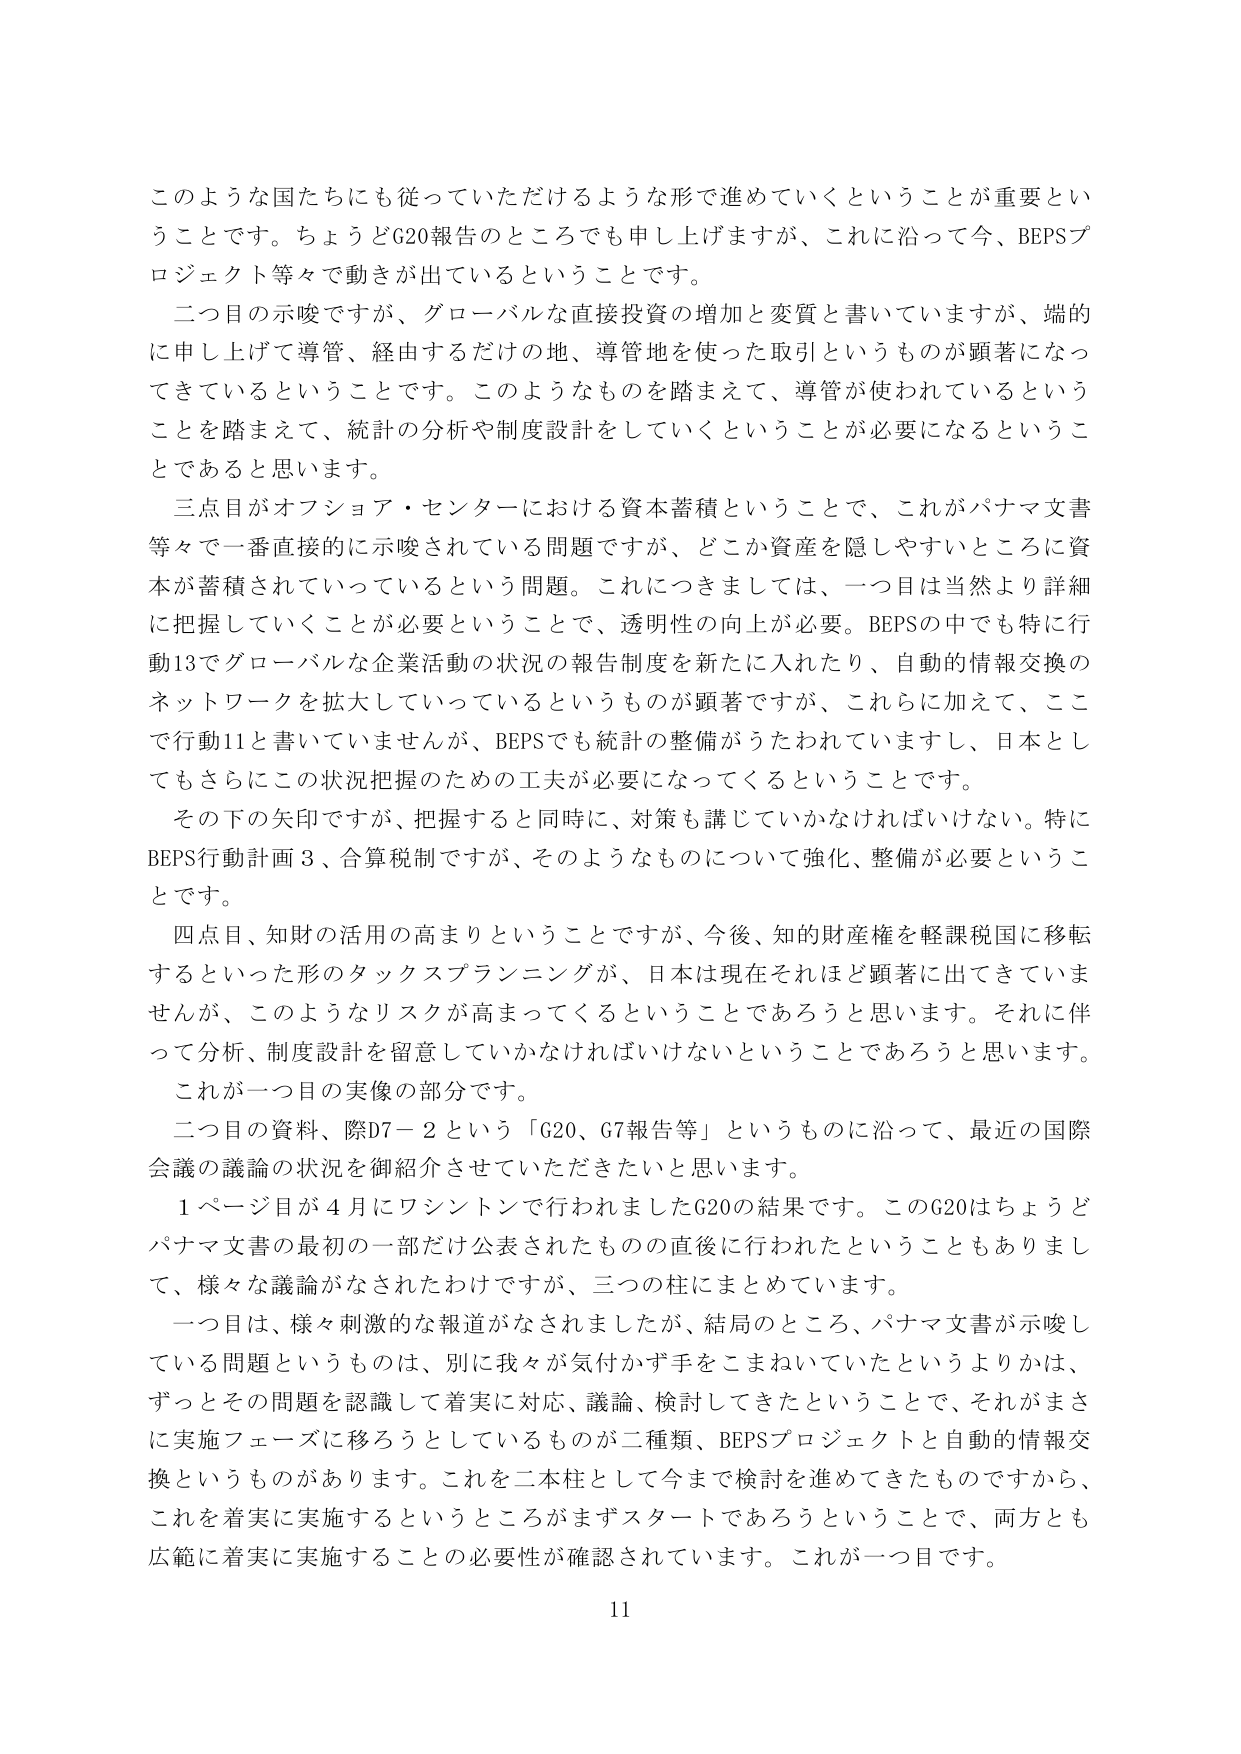
このような国たちにも従っていただけるような形で進めていくということが重要ということです。ちょうどG20報告のところでも申し上げますが、これに沿って今、BEPSプロジェクト等々で動きが出ているということです。

二つ目の示唆ですが、グローバルな直接投資の増加と変質と書いていますが、端的に申し上げて導管、経由するだけの地、導管地を使った取引というものが顕著になってきているということです。このようなものを踏まえて、導管が使われているということを踏まえて、統計の分析や制度設計をしていくということが必要になるということであると思います。

三点目がオフショア・センターにおける資本蓄積ということで、これがパナマ文書等々で一番直接的に示唆されている問題ですが、どこか資産を隠しやすいところに資本が蓄積されていっているという問題。これにつきましては、一つ目は当然より詳細に把握していくことが必要ということで、透明性の向上が必要。BEPSの中でも特に行動13でグローバルな企業活動の状況の報告制度を新たに入れたり、自動的情報交換のネットワークを拡大していっているというものが顕著ですが、これらに加えて、ここで行動11と書いていませんが、BEPSでも統計の整備がうたわれていますし、日本としてもさらにこの状況把握のための工夫が必要になってくるということです。

その下の矢印ですが、把握すると同時に、対策も講じていかなければならない。特にBEPS行動計画3、合算税制ですが、そのようなものについて強化、整備が必要ということです。

四点目、知財の活用の高まりということですが、今後、知的財産権を軽課税国に移転するといった形のタックスプランニングが、日本は現在それほど顕著に出てきていませんが、このようなリスクが高まってくるということであろうと思います。それに伴って分析、制度設計を留意していかなければならないということであろうと思います。

これが一つ目の実像の部分です。

二つ目の資料、際D7－2という「G20、G7報告等」というものに沿って、最近の国際会議の議論の状況を御紹介させていただきたいと思います。

1ページ目が4月にワシントンで行われましたG20の結果です。このG20はちょうどパナマ文書の最初の一部だけ公表されたものの直後に行われたということもありまして、様々な議論がなされたわけですが、三つの柱にまとめていきます。

一つ目は、様々刺激的な報道がなされましたたが、結局のところ、パナマ文書が示唆している問題というものは、別に我々が気付かず手をこまねいていたというよりかは、ずっとその問題を認識して着実に対応、議論、検討してきたということで、それがまさに実施フェーズに移ろうとしているものが二種類、BEPSプロジェクトと自動的情報交換というものがあります。これを二本柱として今まで検討を進めてきたものですから、これを着実に実施するというところがまずスタートであろうということで、両方とも広範に着実に実施することの必要性が確認されています。これが一つ目です。

11